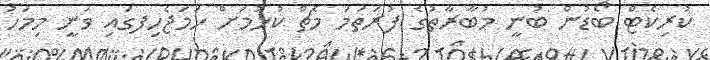
ކުރިކެޓް ބޯޑުން ބުނީ މުބާރާތުގެ ފުރަތަމަ މެޗް ކުޅުމަށް ހަމަޖެހިފގައި ވަނީ މިމަހު